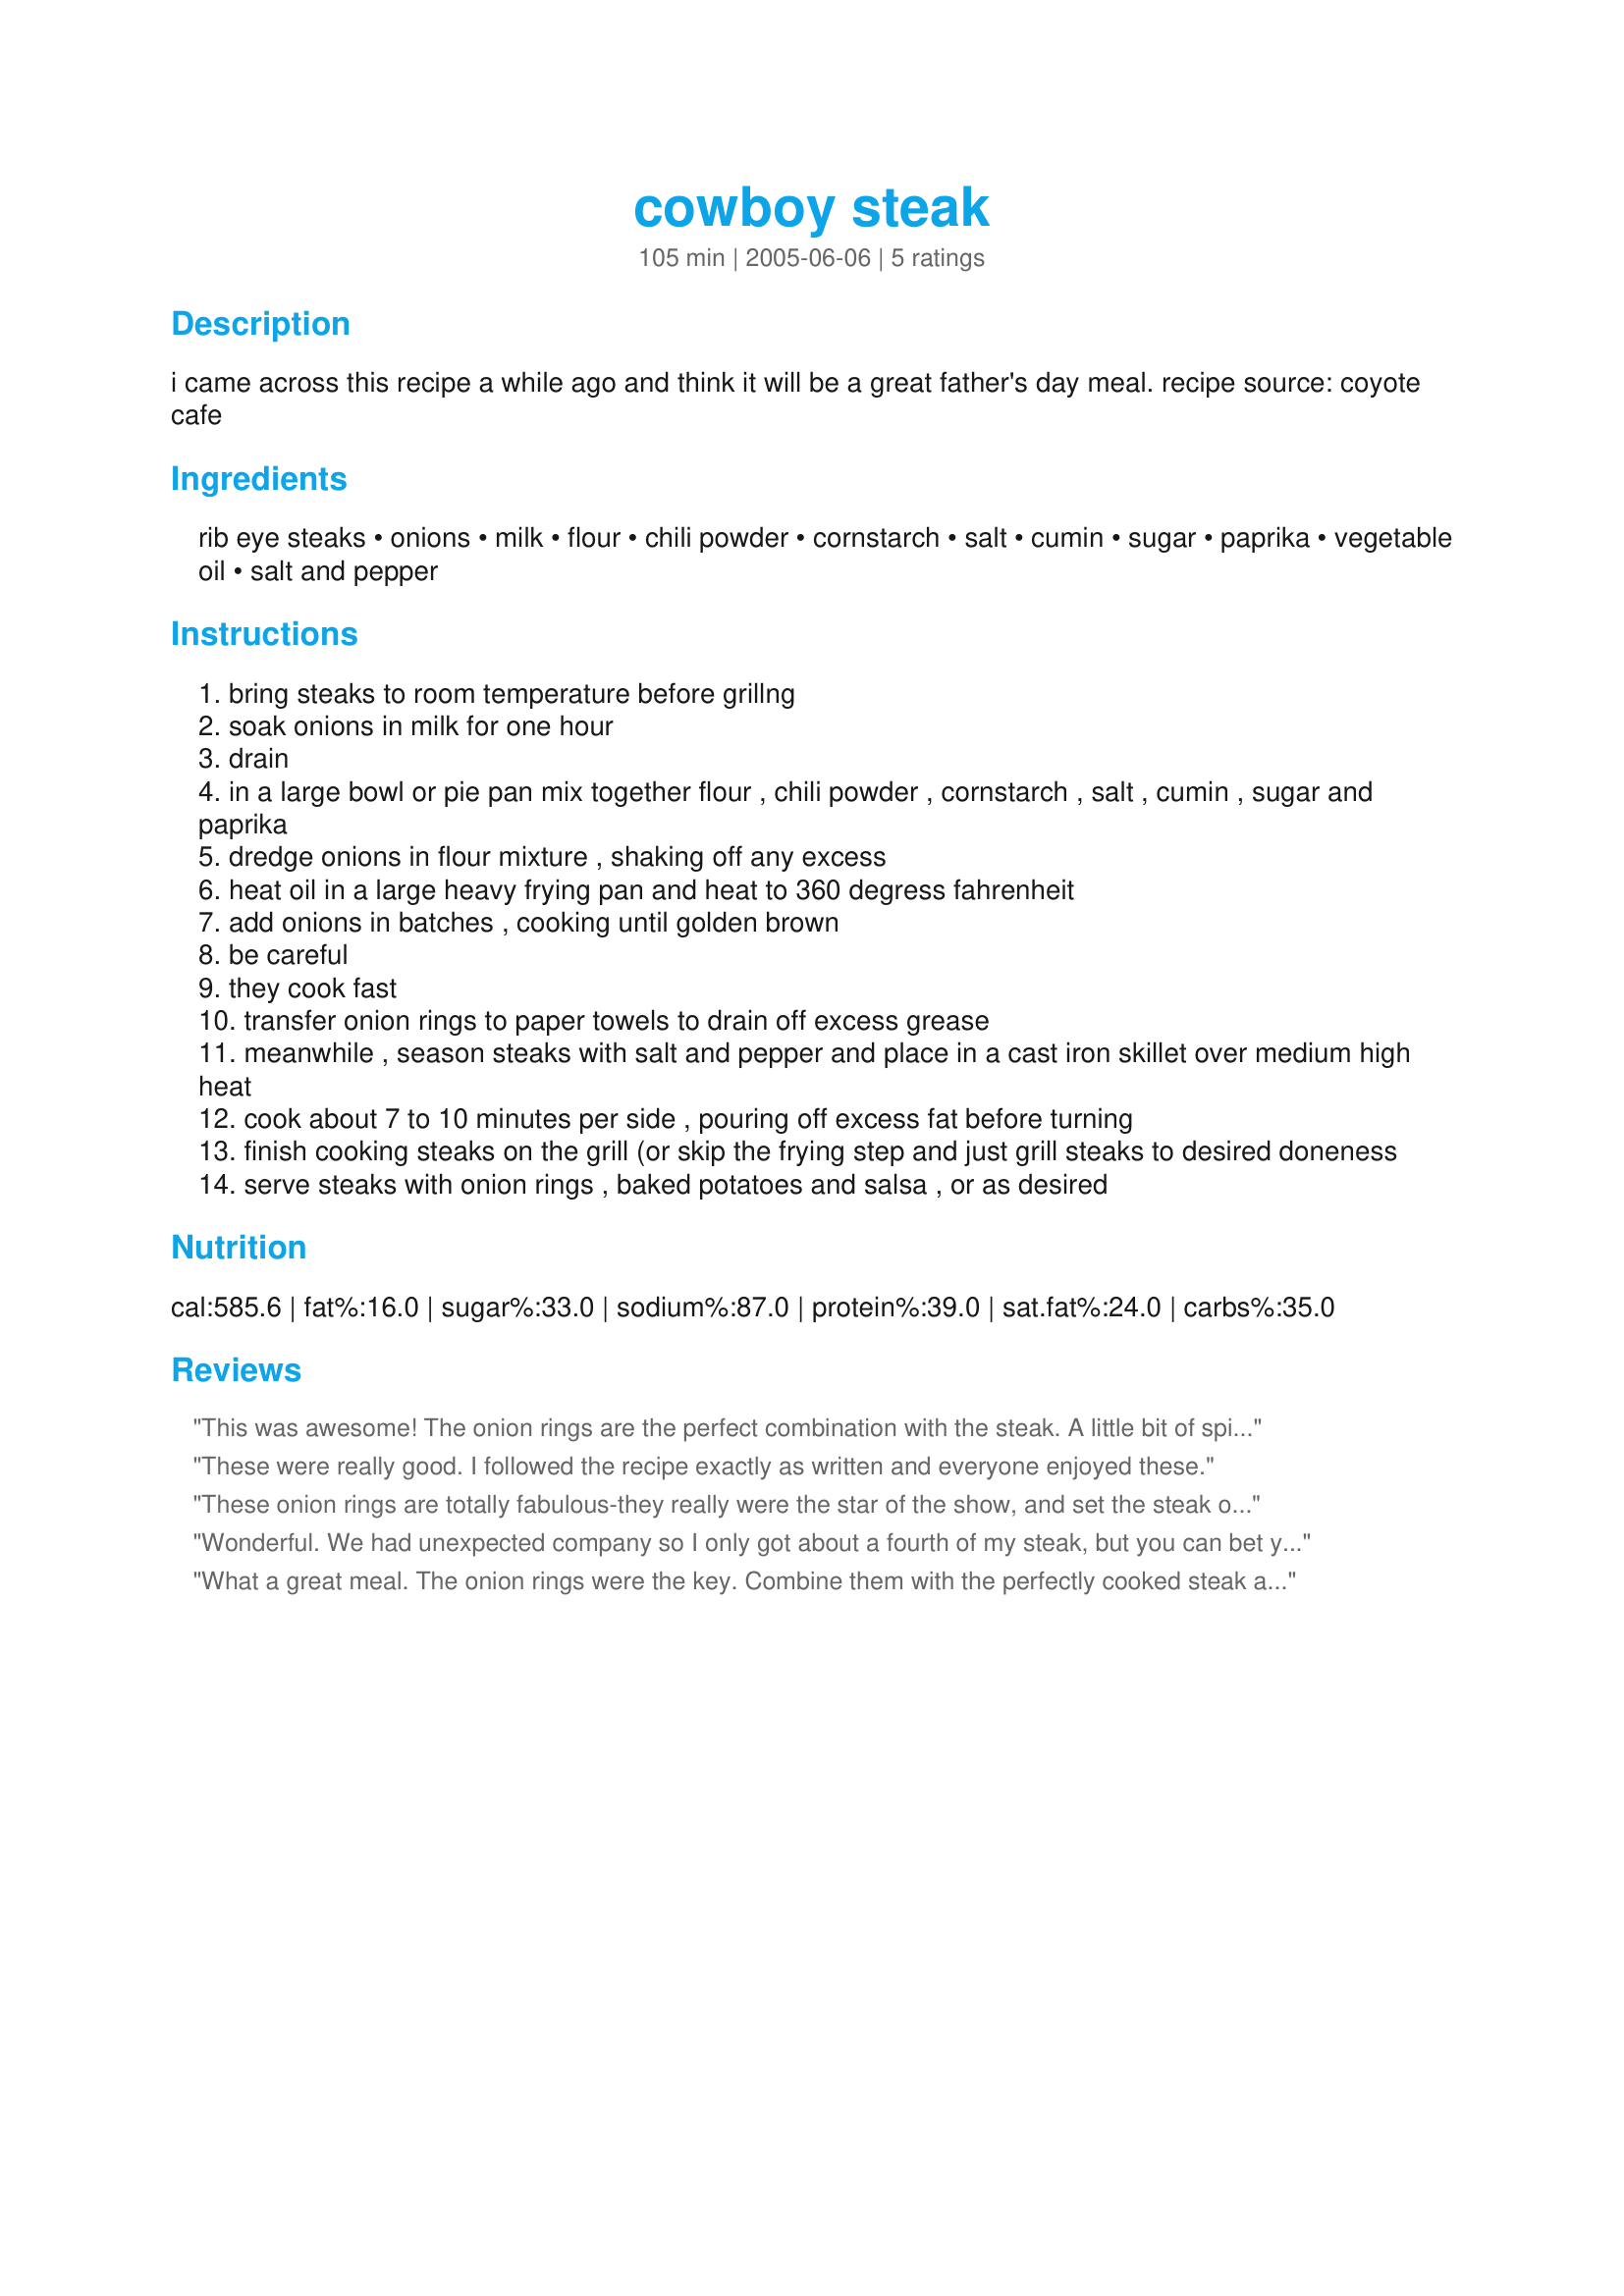
cowboy steak
Preparation time: 105 minutes

i came across this recipe a while ago and think it will be a great father's day meal. recipe source: coyote cafe

Ingredients:
rib eye steaks, onions, milk, flour, chili powder, cornstarch, salt, cumin, sugar, paprika, vegetable oil, salt and pepper

Steps:
bring steaks to room temperature before grillng
soak onions in milk for one hour
drain
in a large bowl or pie pan mix together flour , chili powder , cornstarch , salt , cumin , sugar and paprika
dredge onions in flour mixture , shaking off any excess
heat oil in a large heavy frying pan and heat to 360 degress fahrenheit
add onions in batches , cooking until golden brown
be careful
they cook fast
transfer onion rings to paper towels to drain off excess grease
meanwhile , season steaks with salt and pepper and place in a cast iron skillet over medium high heat
cook about 7 to 10 minutes per side , pouring off excess fat before turning
finish cooking steaks on the grill (or skip the frying step and just grill steaks to desired doneness
serve steaks with onion rings , baked potatoes and salsa , or as desired

Reviews:
This was awesome! The onion rings are the perfect combination with the steak. A little bit of spice to heat things up and you've got yourself a great man pleaing meal! My cowboys loved it!
These were really good. I followed the recipe exactly as written and everyone enjoyed these.
These onion rings are totally fabulous-they really were the star of the show, and set the steak off beautifully!<br/>Made for PRMR.
Wonderful. We had unexpected company so I only got about a fourth of my steak, but you can bet your boots I got my share of the onion rings. The combination of spices was right on. I cut my onions thin and they came out really crispy. Loved them. Thanks ellie for another wonderful recipe.
What a great meal. The onion rings were the key. Combine them with the perfectly cooked steak and you've got a great combination. We grilled our rib eye steaks on the grill. I also cut the onion recipe in half (Just me and DH would be eating them) I thought the amount of chili powder was going to be to much, but combined with everything else, it was perfect. Thanks for sharing. Made for PRMR- June 2010
